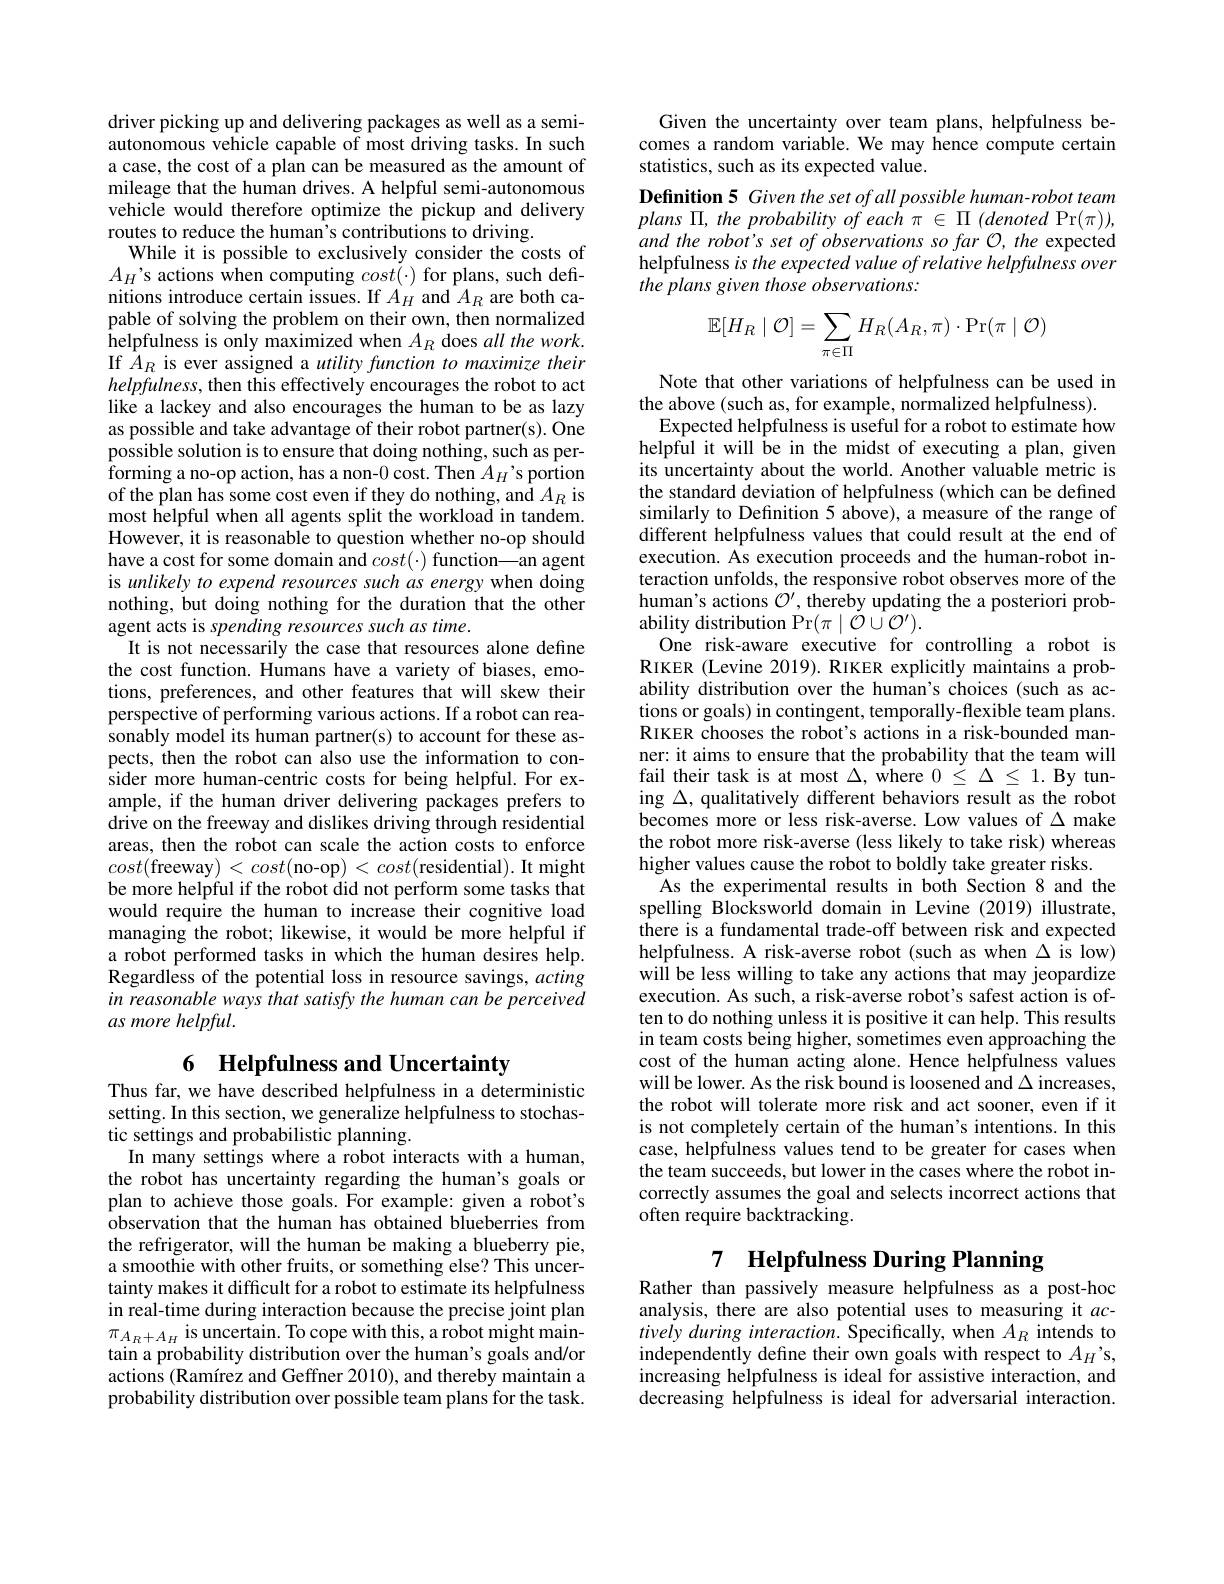
driver picking up and delivering packages as well as a semiautonomous vehicle capable of most driving tasks. In such a case, the cost of a plan can be measured as the amount of mileage that the human drives. A helpful semi-autonomous vehicle would therefore optimize the pickup and delivery routes to reduce the human's contributions to driving.
While it is possible to exclusively consider the costs of $A_{H}’$s actions when computing $cost(\cdot)$ for plans, such definitions introduce certain issues. If $A_H$ and $A_R$ are both capable of solving the problem on their own, then normalized helpfulness is only maximized when $A_R$ does all the work. If $A_R$ is ever assigned a utility function to maximize their helpfulness, then this effectively encourages the robot to act like a lackey and also encourages the human to be as lazy as possible and take advantage of their robot partner(s). One possible solution is to ensure that doing nothing, such as performing a no-op action, has a non-0 cost. Then $A_H’$s portion of the plan has some cost even if they do nothing, and $A_R$ is most helpful when all agents split the workload in tandem. However, it is reasonable to question whether no-op should have a cost for some domain and $cost(\cdot)$ function\_an agent is unlikely to expend resources such as energy when doing nothing, but doing nothing for the duration that the other agent acts is spending resources such as time.
It is not necessarily the case that resources alone define the cost function. Humans have a variety of biases, emotions, preferences, and other features that will skew their perspective of performing various actions. If a robot can reasonably model its human partner(s) to account for these aspects, then the robot can also use the information to consider more human-centric costs for being helpful. For example, if the human driver delivering packages prefers to drive on the freeway and dislikes driving through residential areas, then the robot can scale the action costs to enforce $cost($freeway$)<cost($no-op$)<cost($residential).It might be more helpful if the robot did not perform some tasks that would require the human to increase their cognitive load managing the robot; likewise, it would be more helpful if a robot performed tasks in which the human desires help. Regardless of the potential loss in resource savings, acting in reasonable ways that satisfy the human can be perceived as more helpful.

# 6 Helpfulness and Uncertainty

Thus far, we have described helpfulness in a deterministic setting. In this section, we generalize helpfulness to stochastic settings and probabilistic planning.
In many settings where a robot interacts with a human, the robot has uncertainty regarding the human's goals or plan to achieve those goals. For example: given a robot's observation that the human has obtained blueberries from the refrigerator, will the human be making a blueberry pie, a smoothie with other fruits, or something else? This uncertainty makes it difficult for a robot to estimate its helpfulness in real-time during interaction because the precise joint plan $\pi_{A_R+A_H}$ is uncertain. To cope with this, a robot might maintain a probability distribution over the human's goals and/or actions (Ramírez and Geffner 2010), and thereby maintain a probability distribution over possible team plans for the task.

Given the uncertainty over team plans, helpfulness becomes a random variable. We may hence compute certain statistics, such as its expected value.
Definition 5 Given the set of all possible human-robot team $plans\Pi,theprobabilityofeach\pi\in\Pi(denoted\Pr(\pi))$, and the robot's set of observations so far O, the expected helpfulness is the expected value of relative helpfulness over the plans given those observations:
$$\mathbb{E}[H_R\mid\mathcal{O}]=\sum_{\pi\in\Pi}H_R(A_R,\pi)\cdot\Pr(\pi\mid\mathcal{O})$$
Note that other variations of helpfulness can be used in
the above (such as, for example, normalized helpfulness).
Expected helpfulness is useful for a robot to estimate how helpful it will be in the midst of executing a plan, given its uncertainty about the world. Another valuable metric is the standard deviation of helpfulness (which can be defined similarly to Definition 5 above), a measure of the range of different helpfulness values that could result at the end of execution. As execution proceeds and the human-robot interaction unfolds, the responsive robot observes more of the human's actions $\mathcal{O}^{\prime}$, thereby updating the a posteriori prob- ${\mathrm{ability~distribution~Pr}}(\pi\mid\dot{\mathcal{O}}\cup\mathcal{O}^{\prime}).$
One risk-aware executive for controlling a robot is RIKER (Levine 2019). RIKER explicitly maintains a probability distribution over the human's choices (such as actions or goals) in contingent, temporally-flexible team plans. RIKER chooses the robot's actions in a risk-bounded manner: it aims to ensure that the probability that the team will fail their task is at most $\Delta$, where $0\leq\Delta\leq1.$ By tuning $\Delta$, qualitatively different behaviors result as the robot becomes more or less risk-averse. Low values of $\Delta$ make the robot more risk-averse (less likely to take risk) whereas higher values cause the robot to boldly take greater risks.
As the experimental results in both Section 8 and the spelling Blocksworld domain in Levine (2019) illustrate, there is a fundamental trade-off between risk and expected helpfulness. A risk-averse robot (such as when $\Delta$ is low) will be less willing to take any actions that may jeopardize execution. As such, a risk-averse robot's safest action is often to do nothing unless it is positive it can help. This results in team costs being higher, sometimes even approaching the cost of the human acting alone. Hence helpfulness values will be lower. As the risk bound is loosened and $\Delta$ increases, the robot will tolerate more risk and act sooner, even if it is not completely certain of the human's intentions. In this case, helpfulness values tend to be greater for cases when the team succeeds, but lower in the cases where the robot incorrectly assumes the goal and selects incorrect actions that often require backtracking.
7 Helpfulness During Planning

Rather than passively measure helpfulness as a post-hoc analysis, there are also potential uses to measuring it $ac-$ tively during interaction. Specifically, when $A_R$ intends to independently define their own goals with respect to $A_H’$s, increasing helpfulness is ideal for assistive interaction, and decreasing helpfulness is ideal for adversarial interaction.